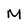
Character: M